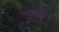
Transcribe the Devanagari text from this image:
जप्तीत